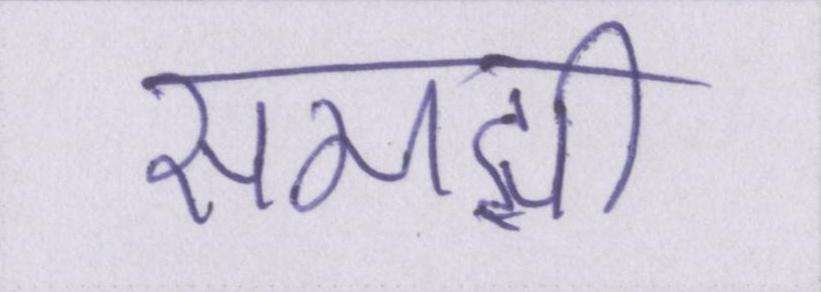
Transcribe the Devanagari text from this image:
समझी।